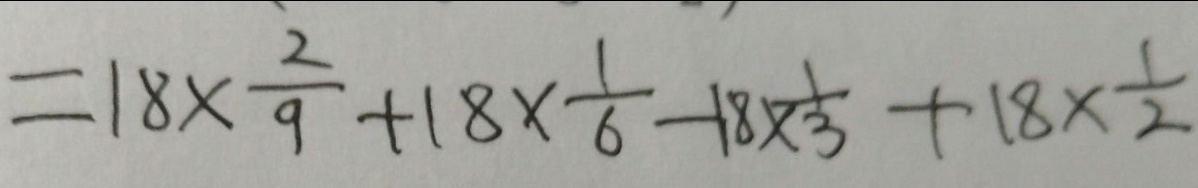
= 1 8 \times \frac { 2 } { 9 } + 1 8 \times \frac { 1 } { 6 } - 1 8 \times \frac { 1 } { 3 } + 1 8 \times \frac { 1 } { 2 }